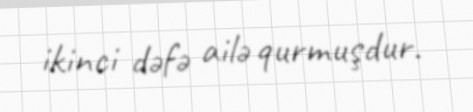
ikinci dəfə ailə qurmuşdur.